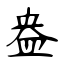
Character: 盎